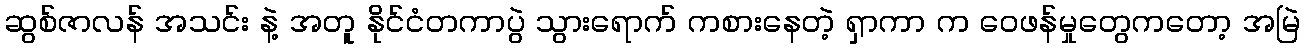
ဆွစ်ဇာလန် အသင်း နဲ့ အတူ နိုင်ငံတကာပွဲ သွားရောက် ကစားနေတဲ့ ရှာကာ က ဝေဖန်မှုတွေကတော့ အမြဲ